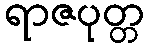
ရာဇပုတ္တ